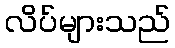
လိပ်များသည်